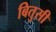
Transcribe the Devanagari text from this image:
बितुसी